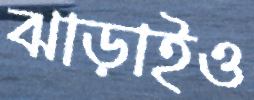
ঝাড়াইও